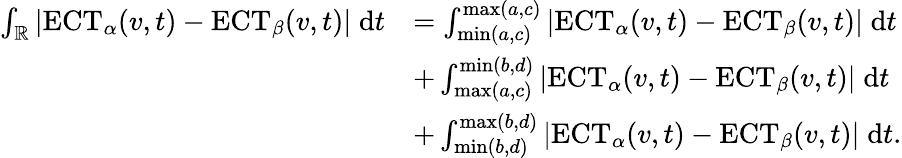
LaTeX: \begin{array}{rl}{\int_{\mathbb{R}}|\mathrm{ECT}_{\alpha}(v,t)-\mathrm{ECT}_{\beta}(v,t)|\; \mathrm{d}t}&{=\int_{\operatorname*{min}(a,c)}^{\operatorname*{max}(a,c)}|\mathrm{ECT}_{\alpha}(v,t)-\mathrm{ECT}_{\beta}(v,t)|\; \mathrm{d}t}\\ &{+\int_{\operatorname*{max}(a,c)}^{\operatorname*{min}(b,d)}|\mathrm{ECT}_{\alpha}(v,t)-\mathrm{ECT}_{\beta}(v,t)|\; \mathrm{d}t}\\ &{+\int_{\operatorname*{min}(b,d)}^{\operatorname*{max}(b,d)}|\mathrm{ECT}_{\alpha}(v,t)-\mathrm{ECT}_{\beta}(v,t)|\; \mathrm{d}t.}\end{array}